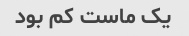
یک ماست کم بود